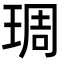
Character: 琱